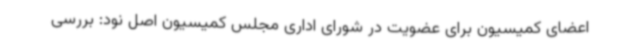
اعضای کمیسیون برای عضویت در شورای اداری مجلس کمیسیون اصل نود: بررسی